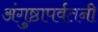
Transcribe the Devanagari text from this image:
अंगुष्ठापर्वतनी